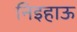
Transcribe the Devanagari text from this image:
निइहाऊ